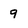
Character: 9